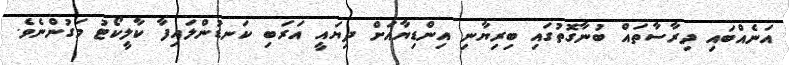
އަނެއްބައި ދިރާސާތައް ބުނާގޮތުގައި ބިރިޔާނި އިންޑިޔާއަށް ދިޔައީ އަރަބި ކަނޑުންލައިފާ ކާލީކޯޓު މަގުންނެވެ.